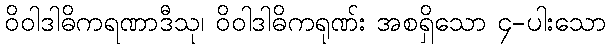
ဝိဝါဒါဓိကရဏာဒီသု၊ ဝိဝါဒါဓိကရုဏ်း အစရှိသော ၄-ပါးသော